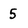
Character: 5